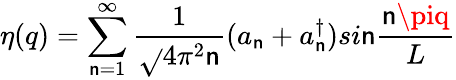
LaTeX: \eta(q)=\sum_{\mathsf{n}=1}^{\infty}{\frac{{1}}{{\sqrt{}{{4\pi^{2}\mathsf{n}}}}}}(a_{\mathsf{n}}+a_{\mathsf{n}}^{\dagger})si\mathsf{n}{\frac{{\mathsf{n}\piq}}{{L}}}